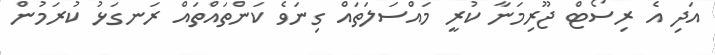
އަދި އެ ރިސޯޓް ޖޫރިމަނާ ކުރީ މައްސަލަތައް ގިނަވެ ކަންތައްތައް ރަނގަޅު ކުރަމުން